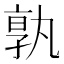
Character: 𭓔